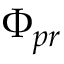
\Phi _ { p r }